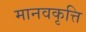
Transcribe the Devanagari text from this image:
मानवकृत्ति